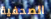
الصحفية